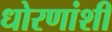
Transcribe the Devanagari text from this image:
धोरणांशी